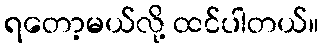
ရတော့မယ်လို့ ထင်ပါတယ်။